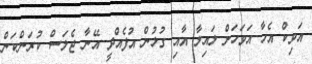
އަވިކް އެހާ އަވަހަށް ލައިލާ އާއި ގުޅުން އުފެއްދީ އޭނާ ޖެލަސް ކުރަންކަން